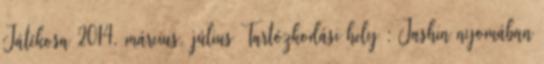
Játékosa 2014. március, július Tartózkodási hely : Jashin nyomában